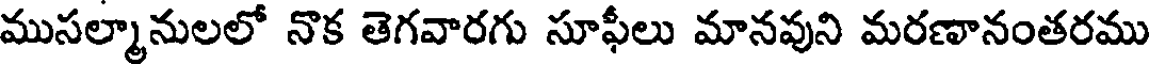
ముసల్మానులలో నొక తెగవారగు సూఫీలు మానవుని మరణానంతరము